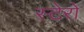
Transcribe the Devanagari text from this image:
स्टेरो